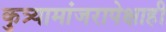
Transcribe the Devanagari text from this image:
कुत्र्यामांजरापेक्षाही